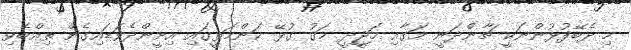
މި ދެބޭފުޅުންނަކީ ޗާންދަނީ މަގާއި މަޖީދީ މަގު ގުޅޭ ކަންމަތީގައި އިށީންދެވަޑައިގެން ތިއްބެވި